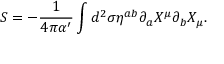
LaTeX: S = - \frac { 1 } { 4 \pi \alpha ^ { \prime } } \int d ^ { 2 } \sigma \eta ^ { a b } \partial _ { a } X ^ { \mu } \partial _ { b } X _ { \mu } .